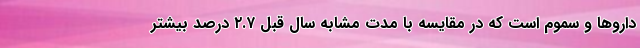
داروها و سموم است که در مقایسه با مدت مشابه سال قبل ۲.۷ درصد بیشتر